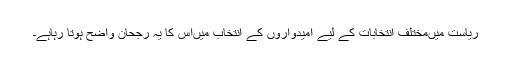
ریاست میںمختلف انتخابات کے لیے امیدواروں کے انتخاب میںاس کا یہ رجحان واضح ہوتا رہاہے۔